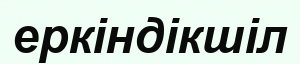
еркіндікшіл